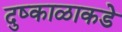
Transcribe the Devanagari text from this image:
दुष्काळाकडे